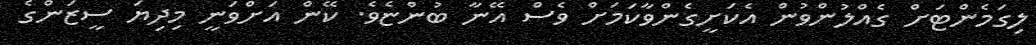
ލިގަމެންޓަށް ގެއްލުންވުން އެކަށީގެންވާކަމަށް ވެސް އޭނާ ބުންޏެވެ. ކޭން އަށްވަނީ މިދިޔަ ސީޒަންގެ